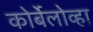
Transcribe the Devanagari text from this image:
कोर्बेलोव्हा